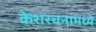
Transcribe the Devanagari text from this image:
केशरचनांमध्ये